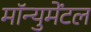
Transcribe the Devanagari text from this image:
मॉन्युमेंटल